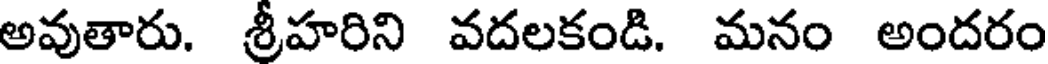
అవుతారు. శ్రీహరిని వదలకండి. మనం అందరం